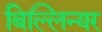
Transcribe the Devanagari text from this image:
बिल्लिन्यर